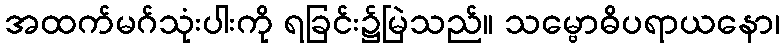
အထက်မဂ်သုံးပါးကို ရခြင်း၌မြဲသည်။ သမ္ဗောဓိပရာယနော၊